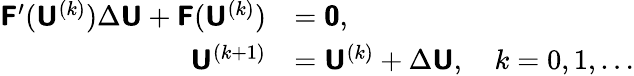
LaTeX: \begin{array}{rl}{\mathbf{\boldsymbol{\mathsf{F}}}^{\prime}(\mathbf{\boldsymbol{\mathsf{U}}}^{(k)})\Delta\mathbf{\boldsymbol{\mathsf{U}}}+\mathbf{\boldsymbol{\mathsf{F}}}(\mathbf{\boldsymbol{\mathsf{U}}}^{(k)})}&{=\mathbf{\boldsymbol{\mathsf{0}}},}\\ {\mathbf{\boldsymbol{\mathsf{U}}}^{(k+1)}}&{=\mathbf{\boldsymbol{\mathsf{U}}}^{(k)}+\Delta\mathbf{\boldsymbol{\mathsf{U}}},\quad k=0,1,\dots}\end{array}